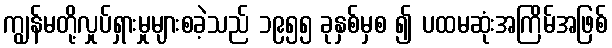
ကျွန်မတို့လှုပ်ရှားမှုများစခဲ့သည် ၁၉၅၅ ခုနှစ်မှစ ၍ ပထမဆုံးအကြိမ်အဖြစ်